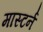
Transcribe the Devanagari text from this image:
मास्टर्न